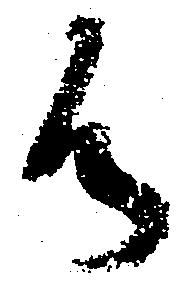
候